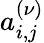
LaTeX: a_{i,j}^{(\nu)}